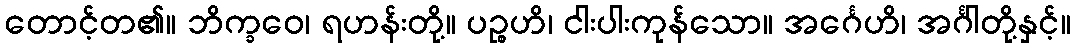
တောင့်တ၏။ ဘိက္ခဝေ၊ ရဟန်းတို့။ ပဉ္စဟိ၊ ငါးပါးကုန်သော။ အင်္ဂေဟိ၊ အင်္ဂါတို့နှင့်။